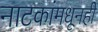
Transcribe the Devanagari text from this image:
नाटकांमधूनही